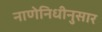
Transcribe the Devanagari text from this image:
नाणेनिधीनुसार